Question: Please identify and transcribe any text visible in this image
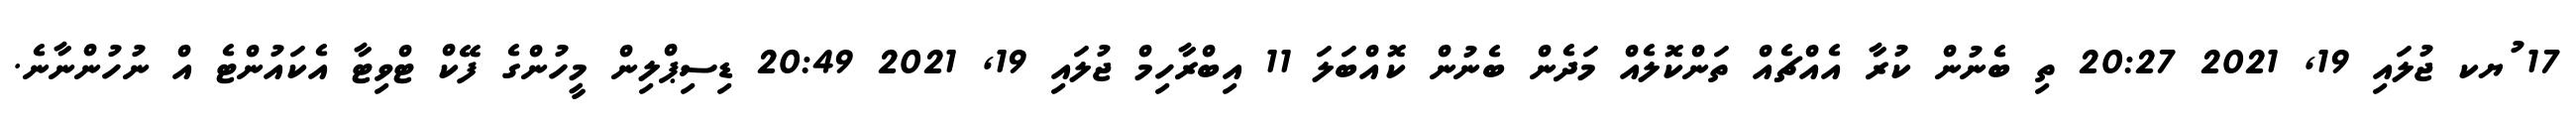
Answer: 17 ުޔކ ޖުލައި 19, 2021 20:27 ތި ބެނުން ކުރާ އެއްޗެއް ތަންކޮލެއް މަދެން ބެނުން ކޮއްބަލަ 11 އިބްރާހިމް ޖުލައި 19, 2021 20:49 ޑިސިޕްލިން މީހުންގެ ފޭކް ޓްވިޓާ އެކައުންޓެ އް ނުހުންނާނެ.